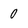
Character: 0